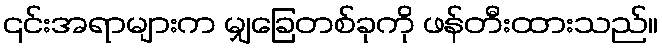
၎င်းအရာများက မျှခြေတစ်ခုကို ဖန်တီးထားသည်။